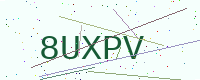
Text: 8UXPV